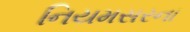
નિયમસરના